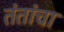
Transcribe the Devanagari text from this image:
तंतांचा